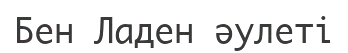
Бен Ладен әулеті